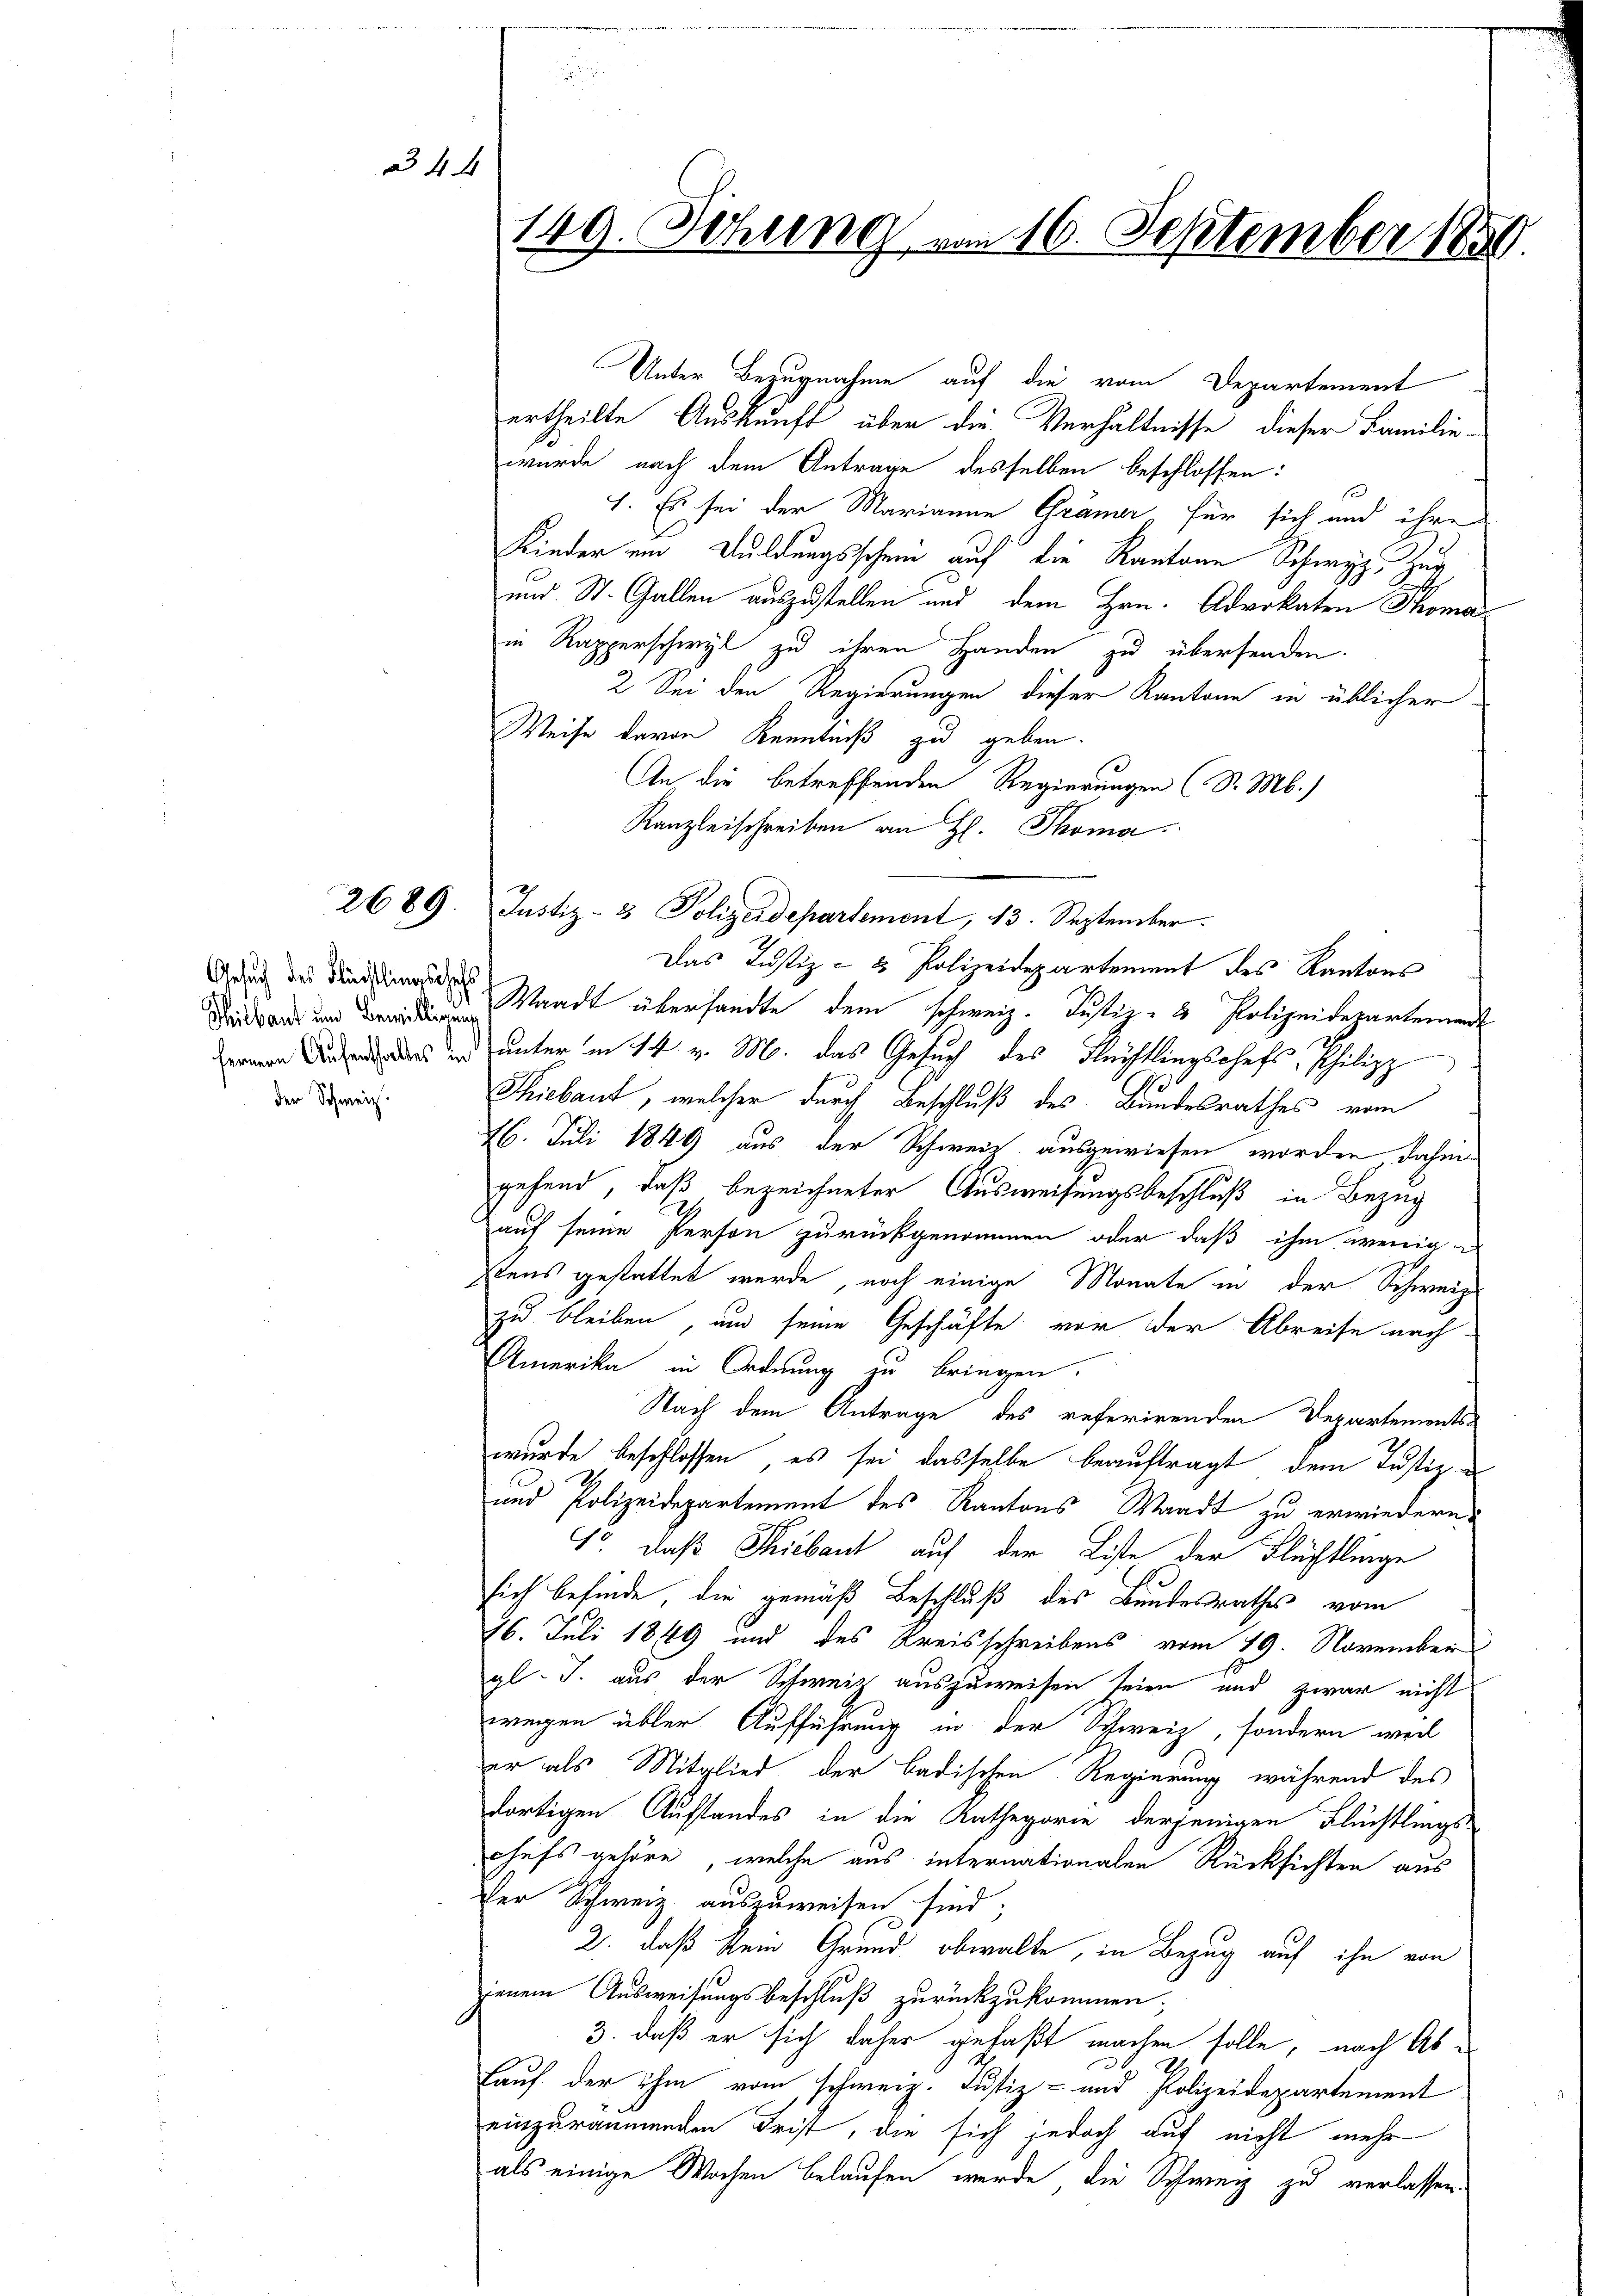
4 x

Gesuch des Flüchtlingschefs
der Schweiz.

ertheilte Auskunft über die Verhältnisse dieser Familie-
wurde nach dem Antrage desselben beschlossen:
7. Es sei der Marianne Gränzer für sich und ihre
Kinder und Duldungsschein auf die Kantone Schwyz, Zug
und St. Gallen auszustellen und dem Hrn. Advokaten Thoma
in Rapperschwyl zu ihren Handen zu übersenden.
2. Sei den Regierungen dieser Kantone in üblicher
Weise davon Kenntniß zu geben.
An die betreffenden Regierungen (S. M.)
Kanzleischreiben an H. Thoma
Das Justiz- & Polizeidepartement des Kantons
 Waadt übersandte dem schweiz. Justiz- & Polizeidepartement
 unter in 14. v. M. das Gesuch des Flüchtlingschefs, Philipp
Thibaut, welcher durch Beschluß des Bundesrathes vom
26. Juli 1849 aus der Schweid ausgewiesen worden, dahin
gehend, daß bezeichneter Ausweisungsbeschluß in Bezug
auf seine Person zurückgenommen oder daß ihm wenige
stens gestattet werde, noch einige Monate in der Schweiz
zu bleiben, und seine Geschäfte vor der Abreise nach¬
Amerika in Ordnung zu bringen.
Nach dem Antrage des referirenden Departements-
wurde beschlossen, es sei dasselbe beauftragt, dem Justiz¬
und Polizeidepartement des Kantons Waadt zu erwiedern.
1o. daß Siebaut auf der Liste der Flüchtlinge
sich befinde, die gemäß Beschluß des Bundesrathes vom
16. Juli 1849 und des Kreisschreibens vom 19. November
gl. J. aus der Schweiz auszuweisen seien und zwar nicht
wegen übler Aufführung in der Schweiz, sondern weil
er als Mitglied der badischen Regierung während des
dortigen Aufstandes in die Kathegorie derjenigen Flüchtlings-
chefs gehöre, welche aus internationalen Rücksichten aus
Der Schweiz auszuweisen sind;
2. daß kein Grund obwalte, in Bezug auf ihn von
jenem Ausweisungsbeschluß zurückzukommen,
3., daß er sich daher gefaßt machen solle, nach Ab¬
Lauf der ihm vom schweiz. Justiz- und Polizeidepartement
einzuräumenden Frist, die sich jedoch auf nicht mehr
als einige Wochen belaufen werde, die Schweiz zu verlassen.

149. Sitzung vom 16. September 1859.

2689. Justiz- & Polizeidepartement, 13. September.

Unter Bezugnahme auf die vom Departement